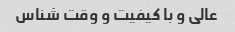
عالی و با کیفیت و وقت شناس